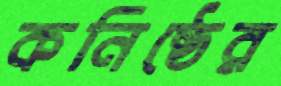
কনিষ্ঠের